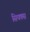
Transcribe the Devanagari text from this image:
सियक्स